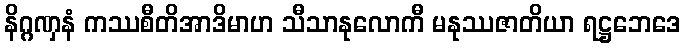
နိဂ္ဂဏှနံ ကဿစီတိအာဒိမာဟ သီသာနုလောကီ မနုဿဇာတိယာ ရဋ္ဌဘေဒေ